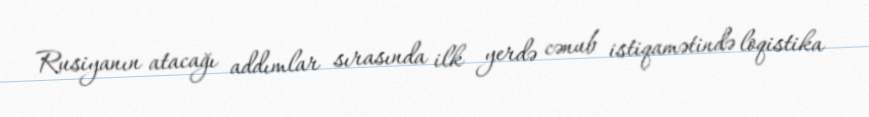
Rusiyanın atacağı addımlar sırasında ilk yerdə cənub istiqamətində loqistika